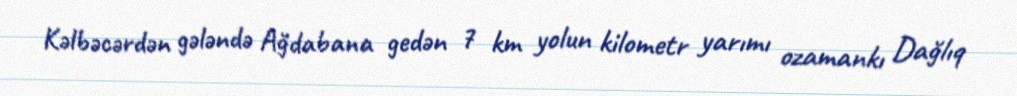
Kəlbəcərdən gələndə Ağdabana gedən 7 km yolun kilometr yarımı ozamankı Dağlıq